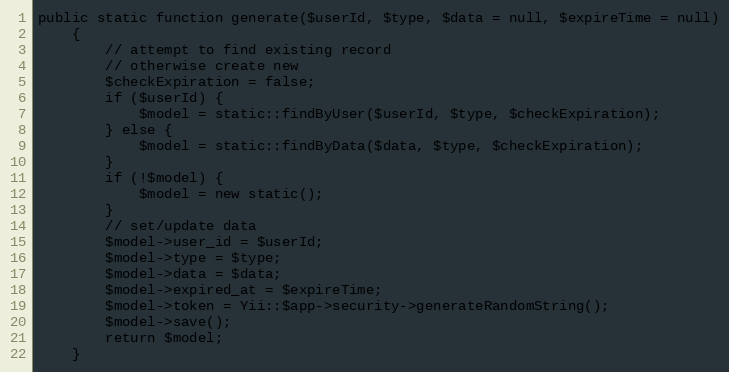
Language: PHP
public static function generate($userId, $type, $data = null, $expireTime = null)
    {
        // attempt to find existing record
        // otherwise create new
        $checkExpiration = false;
        if ($userId) {
            $model = static::findByUser($userId, $type, $checkExpiration);
        } else {
            $model = static::findByData($data, $type, $checkExpiration);
        }
        if (!$model) {
            $model = new static();
        }
        // set/update data
        $model->user_id = $userId;
        $model->type = $type;
        $model->data = $data;
        $model->expired_at = $expireTime;
        $model->token = Yii::$app->security->generateRandomString();
        $model->save();
        return $model;
    }